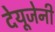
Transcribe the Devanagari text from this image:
देयूजेनी